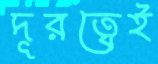
দূরত্বেই